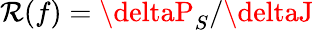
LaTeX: \mathcal{R}(f)=\deltaP_{S}/\deltaJ